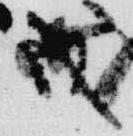
戊